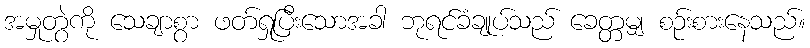
အမှုတွဲကို သေချာစွာ ဖတ်ရှုပြီးသောအခါ ဘုရင်ခံချုပ်သည် ခေတ္တမျှ စဉ်းစားနေသည်။